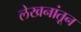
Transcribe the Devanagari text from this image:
लेखनांतून